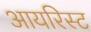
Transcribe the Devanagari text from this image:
आयरिस्ट